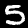
Digit: 5